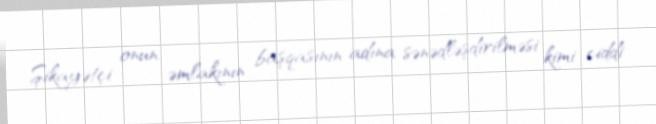
Şikayətçi onun əmlakının başqasının adına sənədləşdirilməsi kimi ciddi